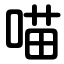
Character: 喵